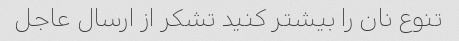
تنوع نان را بیشتر کنید تشکر از ارسال عاجل